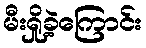
မီးရှို့ခဲ့ကြောင်း